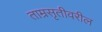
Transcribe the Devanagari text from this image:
ताम्रसृतीवरील